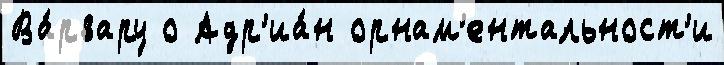
Ва́рвару о Адр'иа́н орнам'ентальност'и